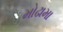
મોઢામા